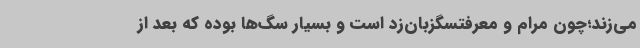
می‌زند؛چون مرام و معرفتسگزبان‌زد است و بسیار سگ‌ها بوده که بعد از